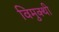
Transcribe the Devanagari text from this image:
विमुक्थी